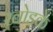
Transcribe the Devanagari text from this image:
खोडके